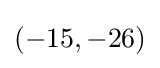
(-15,-26)